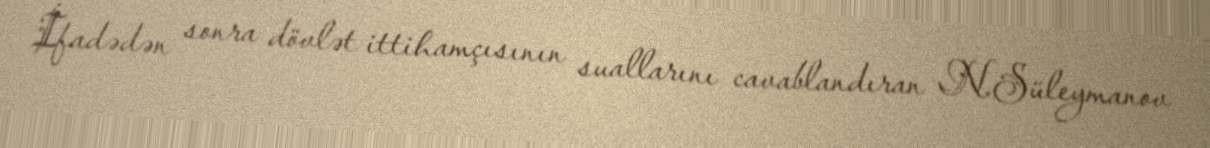
İfadədən sonra dövlət ittihamçısının suallarını cavablandıran N.Süleymanov